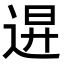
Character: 𨓙